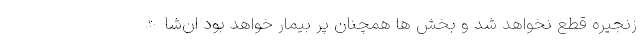
زنجیره قطع نخواهد شد و بخش ها همچنان پر بیمار خواهد بود ان‌شاالله